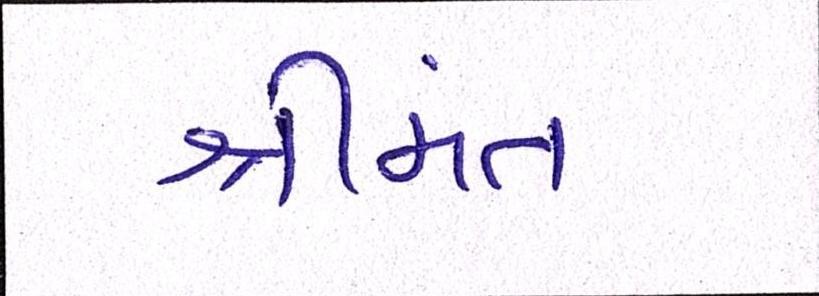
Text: શ્રીમંત